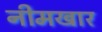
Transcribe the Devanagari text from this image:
नीमखार